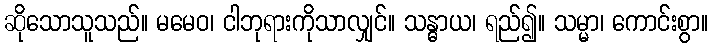
ဆိုသောသူသည်။ မမေဝ၊ ငါဘုရားကိုသာလျှင်။ သန္ဓာယ၊ ရည်၍။ သမ္မာ၊ ကောင်းစွာ။